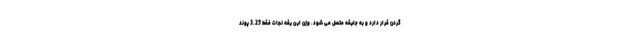
گردن قرار دارد و به جلیقه متصل می شود. وزن این یقه نجات فقط 3.25 پوند